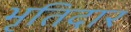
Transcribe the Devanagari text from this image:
भृतिदार